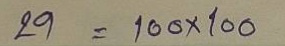
29 = 100x100